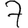
Digit: 7